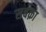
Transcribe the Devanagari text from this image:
सबक़ा